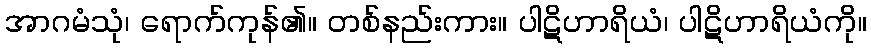
အာဂမံသုံ၊ ရောက်ကုန်၏။ တစ်နည်းကား။ ပါဋိဟာရိယံ၊ ပါဋိဟာရိယံကို။